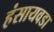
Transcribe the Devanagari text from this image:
हंसायवडा